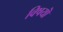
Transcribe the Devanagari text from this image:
विषयॊं